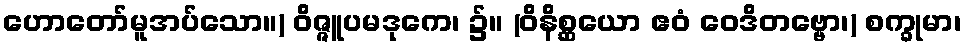
ဟောတော်မူအပ်သော။) ဝိဇ္ဇူပမဒုကေ၊ ၌။ (ဝိနိစ္ဆယော ဧဝံ ဝေဒိတဗ္ဗော၊) စက္ခုမာ၊